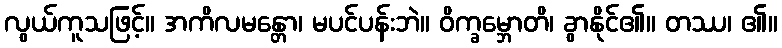
လွယ်ကူသဖြင့်။ အကိလမန္တော၊ မပင်ပန်းဘဲ။ ဝိက္ခမ္ဘောတိ၊ ခွာနိုင်၏။ တဿ၊ ၏။